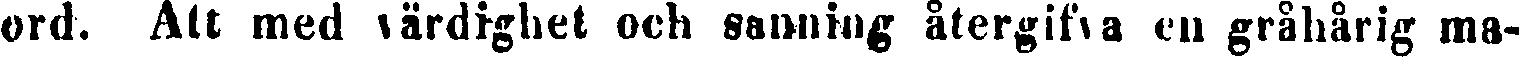
ord. Alt med värdighet och sanning återgifva en gråhårig ma-